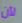
لأن